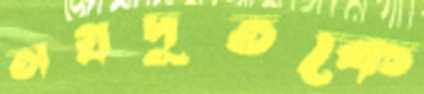
অগ্রদূতকে